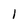
Character: l